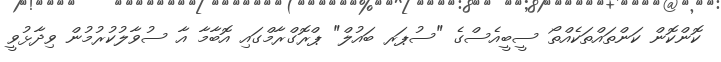
ކޮންކޮން ކަންތައްތަކެއްތޯ ސީބީއެސްގެ "ސުޕަރ ބައުލް" ޕްރޮގްރާމްގައި އޮބާމާ އާ ސުވާލުކުުރުމުން ވިދާޅުވީ